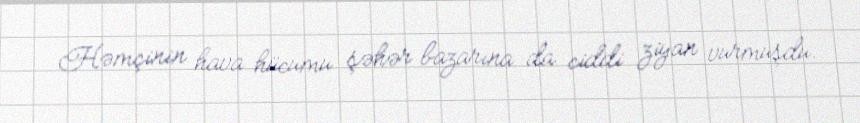
Həmçinin hava hücumu şəhər bazarına da ciddi ziyan vurmuşdu.